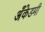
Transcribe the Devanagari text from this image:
अँकेडमी